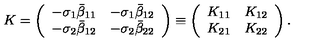
K = \left( \begin{array} { l l } { - \sigma _ { 1 } \bar { \beta } _ { 1 1 } } & { - \sigma _ { 1 } \bar { \beta } _ { 1 2 } } \\ { - \sigma _ { 2 } \bar { \beta } _ { 1 2 } } & { - \sigma _ { 2 } \bar { \beta } _ { 2 2 } } \\ \end{array} \right) \equiv \left( \begin{array} { l l } { K _ { 1 1 } } & { K _ { 1 2 } } \\ { K _ { 2 1 } } & { K _ { 2 2 } } \\ \end{array} \right) .